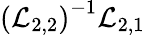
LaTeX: \left(\mathcal{L}_{2,2}\right)^{-1}\mathcal{L}_{2,1}